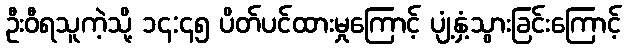
ဦးဝီရသူကဲ့သို့ ၁၄:၄၅ ပိတ်ပင်ထားမှုကြောင့် ပျံ့နှံ့သွားခြင်းကြောင့်